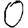
Digit: 0